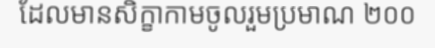
ដែលមានសិក្ខាកាមចូលរួមប្រមាណ ២០០